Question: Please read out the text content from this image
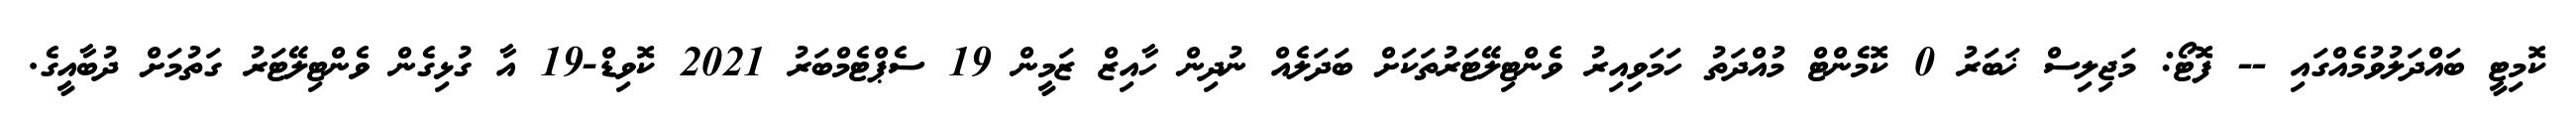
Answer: ކޮމިޓީ ބައްދަލުވުމެއްގައި -- ފޮޓޯ: މަޖިލިސް ޚަބަރު 0 ކޮމެންޓް މުއްދަތު ހަމަވިއިރު ވެންޓިލޭޓަރުތަކަށް ބަދަލެއް ނުދިން ހާއިޒް ޒަމީން 19 ސެޕްޓެމްބަރު 2021 ކޮވިޑް-19 އާ ގުޅިގެން ވެންޓިލޭޓަރު ގަތުމަށް ދުބާއީގެ.